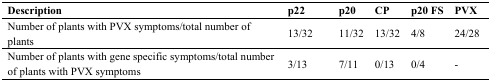
<table><thead><tr><td><b>Description</b></td><td><b>p22</b></td><td><b>p20</b></td><td><b>CP</b></td><td><b>p20 FS</b></td><td><b>PVX</b></td></tr></thead><tbody><tr><td>Number of plants with PVX symptoms/total number of plants</td><td>13/32</td><td>11/32</td><td>13/32</td><td>4/8</td><td>24/28</td></tr><tr><td>Number of plants with gene specific symptoms/total number of plants with PVX symptoms</td><td>3/13</td><td>7/11</td><td>0/13</td><td>0/4</td><td>-</td></tr></tbody></table>